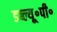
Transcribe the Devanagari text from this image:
डब्ल्यू॰पी॰